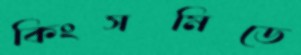
কিংসমিডে